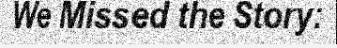
We Missed the Story: